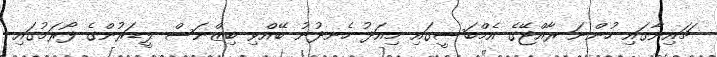
ޗައިނާގައި ހުންނަ ރާއްޖޭގެ އެމްބަސީގައި މިއަދު ހެނދުނު ބޭއްވި ބިޒްނަސް ލީޑަރުންގެ ފޯރަމުގައި